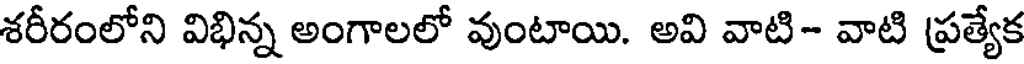
శరీరంలోని విభిన్న అంగాలలో వుంటాయి. అవి వాటి- వాటి ప్రత్యేక